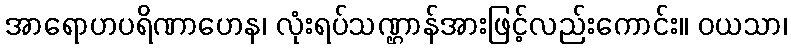
အာရောဟပရိဏာဟေန၊ လုံးရပ်သဏ္ဌာန်အားဖြင့်လည်းကောင်း။ ဝယသာ၊